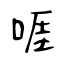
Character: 啀